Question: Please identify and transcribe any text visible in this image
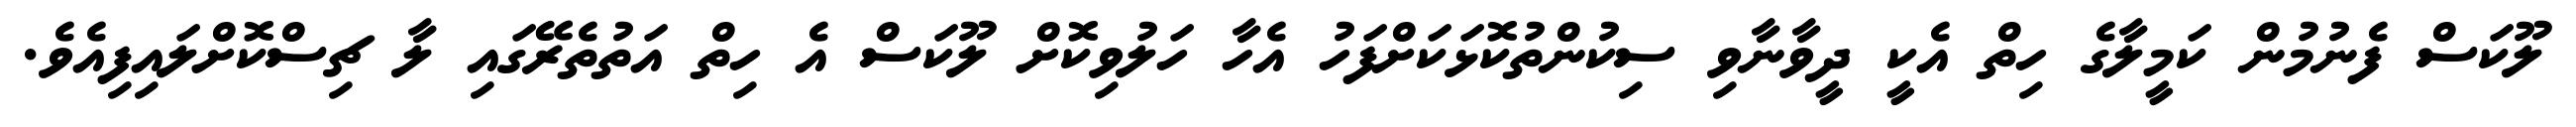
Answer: ލޫކަސް ފެނުމުން ކަމީލާގެ ހިތް އެކީ ދީވާނާވި ސިކުންތުކޮޅަކަށްފަހު އެހާ ހަލުވިކޮށް ލޫކަސް އެ ހިތް އަތުތެރޭގައި ލާ ޗިސްކޮށްލައިފިއެވެ.